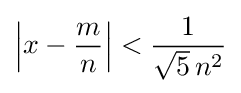
\left|x-{\frac {m}{n}}\right|<{\frac {1}{{\sqrt {5}}\,n^{2}}}